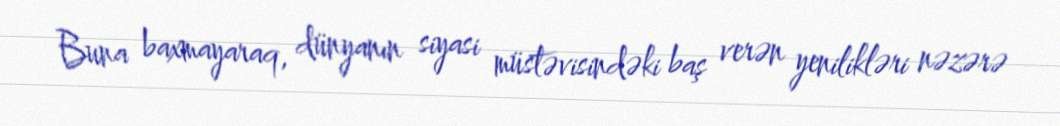
Buna baxmayaraq, dünyanın siyasi müstəvisindəki baş verən yenilikləri nəzərə